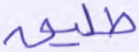
طليق